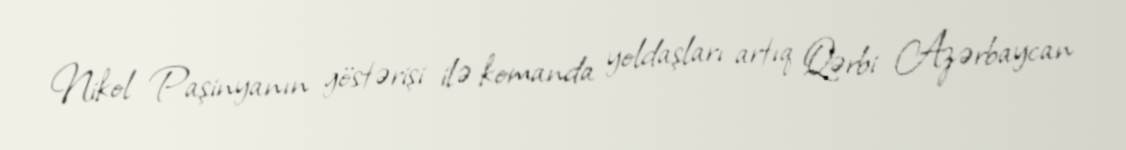
Nikol Paşinyanın göstərişi ilə komanda yoldaşları artıq Qərbi Azərbaycan